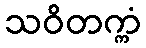
သဝိတက္ကံ